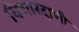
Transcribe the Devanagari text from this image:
विशारदाणी